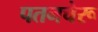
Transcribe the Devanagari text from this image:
पतनचेरू